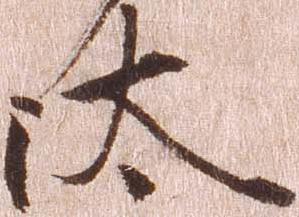
汰